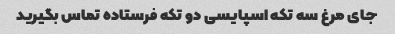
جای مرغ سه تکه اسپایسی دو تکه فرستاده تماس بگیرید